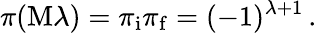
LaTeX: \pi(\mathrm{M}\lambda)=\pi_{\mathrm{i}}\pi_{\mathrm{f}}=(-1)^{\lambda+1}\, .